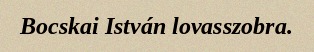
Bocskai István lovasszobra.